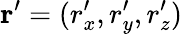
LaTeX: \mathbf{r}^{\prime}=(r_{x}^{\prime},r_{y}^{\prime},r_{z}^{\prime})